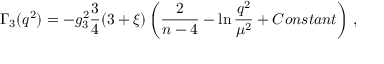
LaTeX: \Gamma _ { 3 } ( q ^ { 2 } ) = - g _ { 3 } ^ { 2 } \frac { 3 } { 4 } ( 3 + \xi ) \left( \frac { 2 } { n - 4 } - \ln \frac { q ^ { 2 } } { \mu ^ { 2 } } + C o n s t a n t \right) \, ,